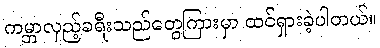
ကမ္ဘာလှည့်ခရီးသည်တွေကြားမှာ ထင်ရှားခဲ့ပါတယ်။